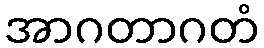
အာဂတာဂတံ